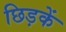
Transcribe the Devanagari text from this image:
छिड़कें